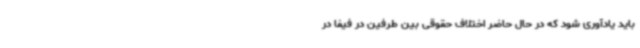
باید یادآوری شود که در حال حاضر اختلاف حقوقی بین طرفین در فیفا در